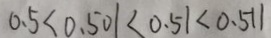
0 . 5 < 0 . 5 0 1 < 0 . 5 1 < 0 . 5 1 1